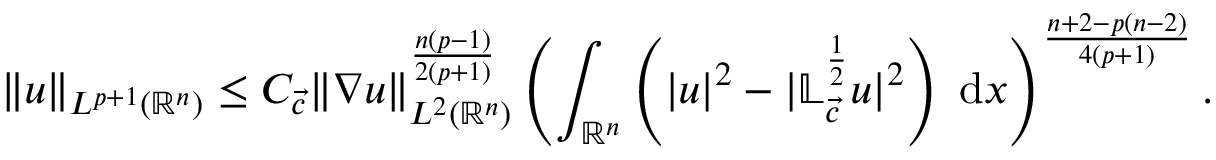
\| u \| _ { L ^ { p + 1 } ( { \mathbb { R } ^ { n } } ) } \leq C _ { { \vec { c } } } \| \nabla u \| _ { L ^ { 2 } ( { \mathbb { R } ^ { n } } ) } ^ { \frac { n ( p - 1 ) } { 2 ( p + 1 ) } } \left( \int _ { \mathbb { R } ^ { n } } \left( | u | ^ { 2 } - | \mathbb { L } _ { \vec { c } } ^ { \frac 1 2 } u | ^ { 2 } \right) \; \mathrm { d } x \right) ^ { \frac { n + 2 - p ( n - 2 ) } { 4 ( p + 1 ) } } .